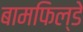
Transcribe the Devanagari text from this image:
बामफिल्डे